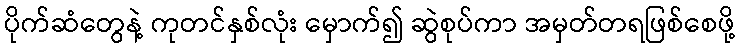
ပိုက်ဆံတွေနဲ့ ကုတင်နှစ်လုံး မှောက်၍ ဆွဲစုပ်ကာ အမှတ်တရဖြစ်စေဖို့